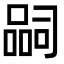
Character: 𭊉